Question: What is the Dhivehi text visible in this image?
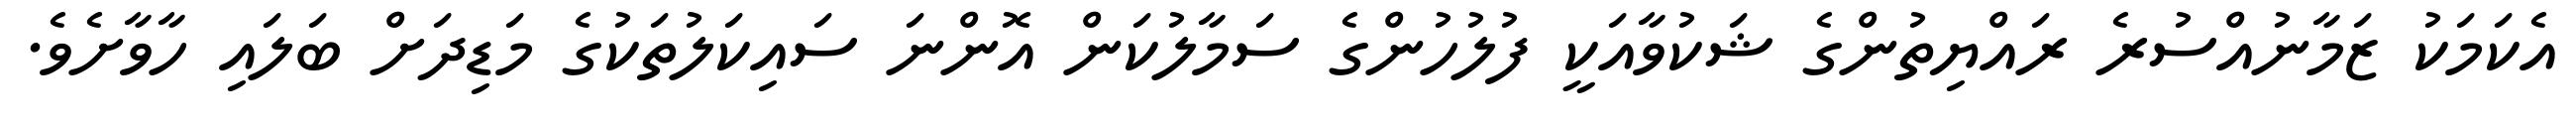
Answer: އެކަމަކު ޒަމާނުއްސުރެ ރައްޔިތުންގެ ޝަކުވާއަކީ ފުލުހުންގެ ސަމާލުކަން އޮންނަ ސައިކަލުތަކުގެ މަޑިދަށް ބަލައި ހާވާށެވެ.